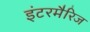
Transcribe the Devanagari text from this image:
इंटरमैरिज